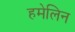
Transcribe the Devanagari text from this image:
हमेलिन